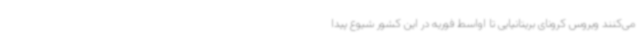
می‌کنند ویروس کرونای بریتانیایی تا اواسط فوریه در این کشور شیوع پیدا